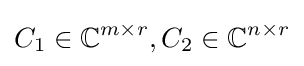
C_{1}\in \mathbb {C} ^{m\times r},C_{2}\in \mathbb {C} ^{n\times r}